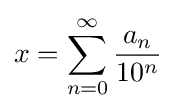
x=\sum _{n=0}^{\infty }{\frac {a_{n}}{10^{n}}}